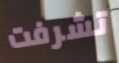
تشرفت